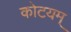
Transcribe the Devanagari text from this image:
कोटयम्